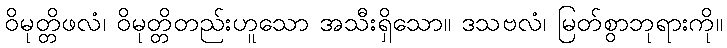
ဝိမုတ္တိဖလံ၊ ဝိမုတ္တိတည်းဟူသော အသီးရှိသော။ ဒသဗလံ၊ မြတ်စွာဘုရားကို။